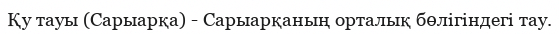
Қу тауы (Сарыарқа) - Сарыарқаның орталық бөлігіндегі тау.